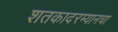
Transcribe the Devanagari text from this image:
शतकादरम्यानचा